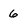
Character: 6